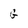
Character: g